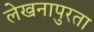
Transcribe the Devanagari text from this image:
लेखनापुरता